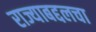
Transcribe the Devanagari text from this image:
राज्याबद्दलचा